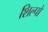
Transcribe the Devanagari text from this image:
शिल्पो